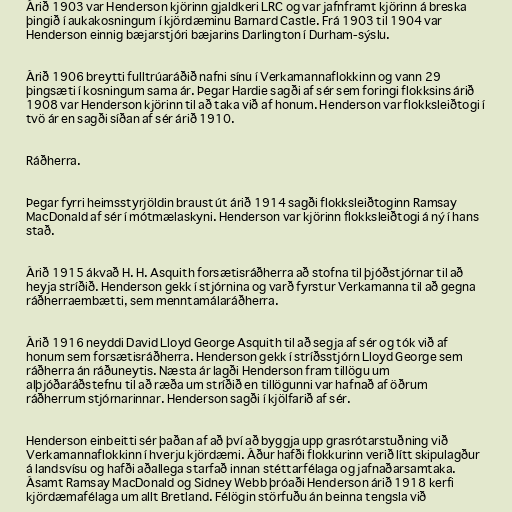
Árið 1903 var Henderson kjörinn gjaldkeri LRC og var jafnframt kjörinn á breska
þingið í aukakosningum í kjördæminu Barnard Castle. Frá 1903 til 1904 var
Henderson einnig bæjarstjóri bæjarins Darlington í Durham-sýslu.

Árið 1906 breytti fulltrúaráðið nafni sínu í Verkamannaflokkinn og vann 29
þingsæti í kosningum sama ár. Þegar Hardie sagði af sér sem foringi flokksins árið
1908 var Henderson kjörinn til að taka við af honum. Henderson var flokksleiðtogi í
tvö ár en sagði síðan af sér árið 1910.

Ráðherra.

Þegar fyrri heimsstyrjöldin braust út árið 1914 sagði flokksleiðtoginn Ramsay
MacDonald af sér í mótmælaskyni. Henderson var kjörinn flokksleiðtogi á ný í hans
stað.

Árið 1915 ákvað H. H. Asquith forsætisráðherra að stofna til þjóðstjórnar til að
heyja stríðið. Henderson gekk í stjórnina og varð fyrstur Verkamanna til að gegna
ráðherraembætti, sem menntamálaráðherra.

Árið 1916 neyddi David Lloyd George Asquith til að segja af sér og tók við af
honum sem forsætisráðherra. Henderson gekk í stríðsstjórn Lloyd George sem
ráðherra án ráðuneytis. Næsta ár lagði Henderson fram tillögu um
alþjóðaráðstefnu til að ræða um stríðið en tillögunni var hafnað af öðrum
ráðherrum stjórnarinnar. Henderson sagði í kjölfarið af sér.

Henderson einbeitti sér þaðan af að því að byggja upp grasrótarstuðning við
Verkamannaflokkinn í hverju kjördæmi. Áður hafði flokkurinn verið lítt skipulagður
á landsvísu og hafði aðallega starfað innan stéttarfélaga og jafnaðarsamtaka.
Ásamt Ramsay MacDonald og Sidney Webb þróaði Henderson árið 1918 kerfi
kjördæmafélaga um allt Bretland. Félögin störfuðu án beinna tengsla við